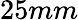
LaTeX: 25mm